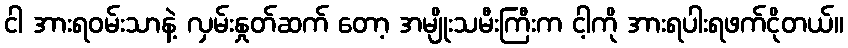
ငါ အားရဝမ်းသာနဲ့ လှမ်းနှုတ်ဆက် တော့ အမျိုးသမီးကြီးက ငါ့ကို အားရပါးရဖက်ငိုတယ်။